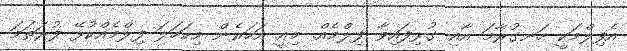
އެފިލްމަކީ ހަނގުރާމަ އާއި ގުޅިފައިވާ ފިލްމެއް. މިއީ އަހަރެން މިކަހަލަ ފިލްމެއްކުޅޭ ފުރަތަމަ